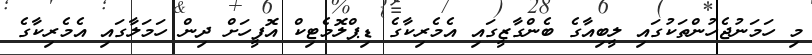
މި ހަމަނުޖެހުންތަކުގައި ލީބިއާގެ ބެންގާޒީގައި އެމެރިކާގެ ޑިޕްލޮމެޓިކް އޮފީހަށް ދިން ހަމަލާގައި އެމެރިކާގެ